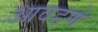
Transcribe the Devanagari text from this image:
आवडणे